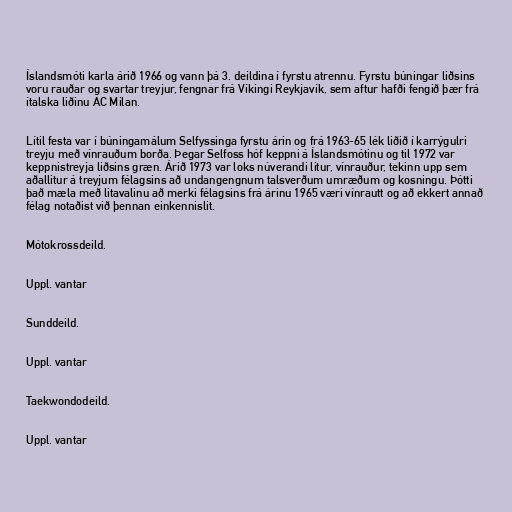
Íslandsmóti karla árið 1966 og vann þá 3. deildina í fyrstu atrennu. Fyrstu búningar liðsins
voru rauðar og svartar treyjur, fengnar frá Víkingi Reykjavík, sem aftur hafði fengið þær frá
ítalska liðinu AC Milan.

Lítil festa var í búningamálum Selfyssinga fyrstu árin og frá 1963-65 lék liðið í karrýgulri
treyju með vínrauðum borða. Þegar Selfoss hóf keppni á Íslandsmótinu og til 1972 var
keppnistreyja liðsins græn. Árið 1973 var loks núverandi litur, vínrauður, tekinn upp sem
aðallitur á treyjum félagsins að undangengnum talsverðum umræðum og kosningu. Þótti
það mæla með litavalinu að merki félagsins frá árinu 1965 væri vínrautt og að ekkert annað
félag notaðist við þennan einkennislit.

Mótokrossdeild.

Uppl. vantar

Sunddeild.

Uppl. vantar

Taekwondodeild.

Uppl. vantar